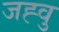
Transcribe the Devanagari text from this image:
जह्वु